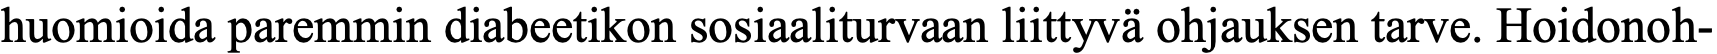
huomioida paremmin diabeetikon sosiaaliturvaan liittyvä ohjauksen tarve. Hoidonoh-